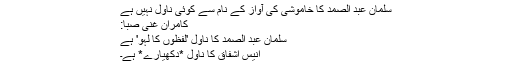
سلمان عبد الصمد کا خاموشی کی آواز کے نام سے کوئی ناول نہیں ہے
کامران غنی صبا:
سلمان عبد الصمد کا ناول 'لفظوں کا لہو' ہے
انیس اشفاق کا ناول *دکھیارے* ہے۔